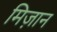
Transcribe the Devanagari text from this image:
मिज़ान